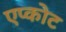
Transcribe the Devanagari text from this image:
एप्कोट